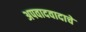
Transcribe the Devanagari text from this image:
अपवादवादाचे